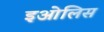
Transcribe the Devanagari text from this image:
इओलिस